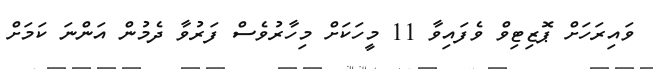
ވައިރަހަށް ޕޮޒިޓިވް ވެފައިވާ 11 މީހަކަށް މިހާރުވެސް ފަރުވާ ދެމުން އަންނަ ކަމަށް